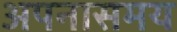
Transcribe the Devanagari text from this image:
अपनासमय